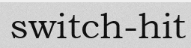
switch-hit